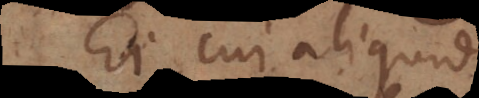
Ei cui aliquid